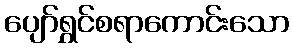
ပျော်ရွှင်စရာကောင်းသော